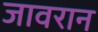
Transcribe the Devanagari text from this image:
जावरान